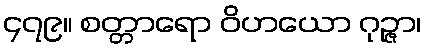
၄၇၉။ စတ္တာရော ဝိဟယော ဂုဉ္ဇာ၊